Indian journal of veterinary science and animal husbandry - Volumes 22-23, 1952-1953
Year: 1952
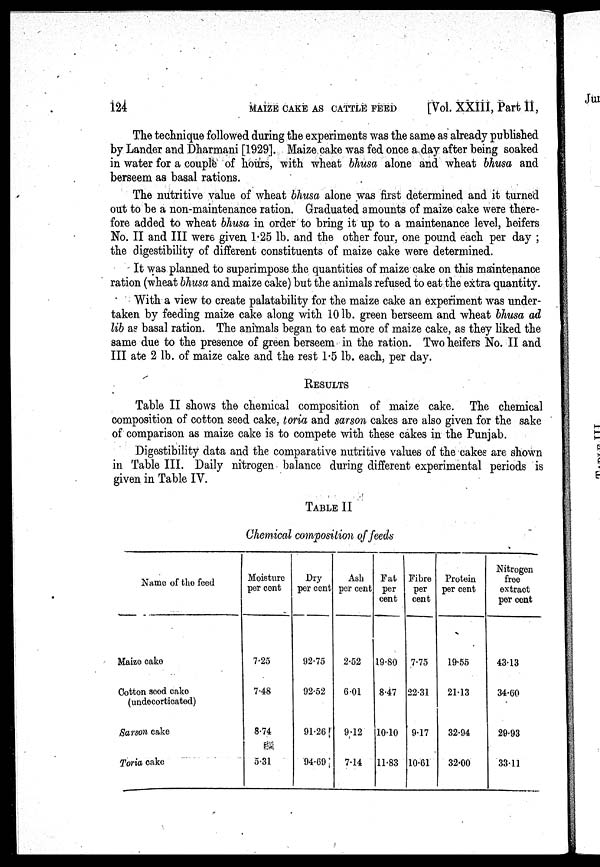
124
MAIZE CAKE AS CATTLE FEED
[Vol. XXIII, Part II,
The technique followed during the experiments was the same as already published
by Lander and Dharmani [1929]. Maize cake was fed once a day after being soaked
in water for a couple of hours, with wheat bhusa alone and wheat bhusa and
berseem as basal rations.
The nutritive value of wheat bhusa alone was first determined and it turned
out to be a non-maintenance ration. Graduated amounts of maize cake were there-
fore added to wheat bhusa in order to bring it up to a maintenance level, heifers
No. II and III were given 1.25 lb. and the other four, one pound each per day ;
the digestibility of different constituents of maize cake were determined.
It was planned to superimpose the quantities of maize cake on this maintenance
ration (wheat bhusa and maize cake) but the animals refused to eat the extra quantity.
With a view to create palatability for the maize cake an experiment was under-
taken by feeding maize cake along with 10 lb. green berseem and wheat bhusa ad
lib as basal ration. The animals began to eat more of maize cake, as they liked the
same due to the presence of green berseem in the ration. Two heifers No. II and
III ate 2 lb. of maize cake and the rest 1.5 lb. each, per day.
RESULTS
Table II shows the chemical composition of maize cake. The chemical
composition of cotton seed cake, toria and sarson cakes are also given for the sake
of comparison as maize cake is to compete with these cakes in the Punjab.
Digestibility data and the comparative nutritive values of the cakes are shown
in Table III. Daily nitrogen balance during different experimental periods is
given in Table IV.
TABLE II
Chemical composition of feeds
Name of the feed
Maize cake
Cotton seed cake
(undecorticated)
Sarson cake
Toria cake
Moisture
per cent
7.25
7.48
8.74
5.31
Dry
per cent
92.75
92.52
91.26
94.69
Ash
per cent
2.52
6.01
9.12
7.14
Fat
per
cent
19.80
8.47
10.10
11.83
Fibre
per
cent
7.75
22.31
9.17
10.61
Protein
per cent
19.55
21.13
32.94
32.00
Nitrogen
free
extract
per cent
43.13
34.60
29.93
33.11